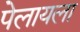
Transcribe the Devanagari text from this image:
पेलायला